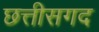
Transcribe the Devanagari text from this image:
छत्तीसगद